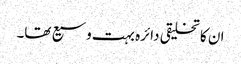
ان کا تخلیقی دائرہ بہت وسیع تھا۔